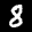
Label: 8